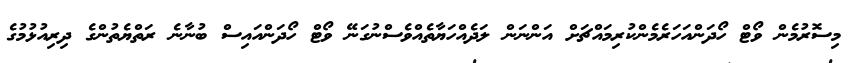
މިސޮރުމެން ވޯޓް ހޯދަންއަހަރެމެންކުރިމައްޗަށް އަންނަން ލަދެއްހަޔާތެއްވެސްނުގަނޭ ވޯޓް ހޯދަންއައިސް ބުނާނެ ރަތްޔެތުންގެ ދިރިއުޅުމުގެ